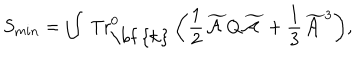
\displaystyle { S _ { m i n } = \int \ { \mathrm { T r } } _ { \mathrm { \bf ~ { k } } } ^ { 0 } \left( \frac { 1 } { 2 } \widetilde { { \cal A } } Q \widetilde { { \cal A } } + \frac { 1 } { 3 } \widetilde { { \cal A } } ^ { 3 } \right) } ,